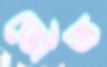
ভৌত